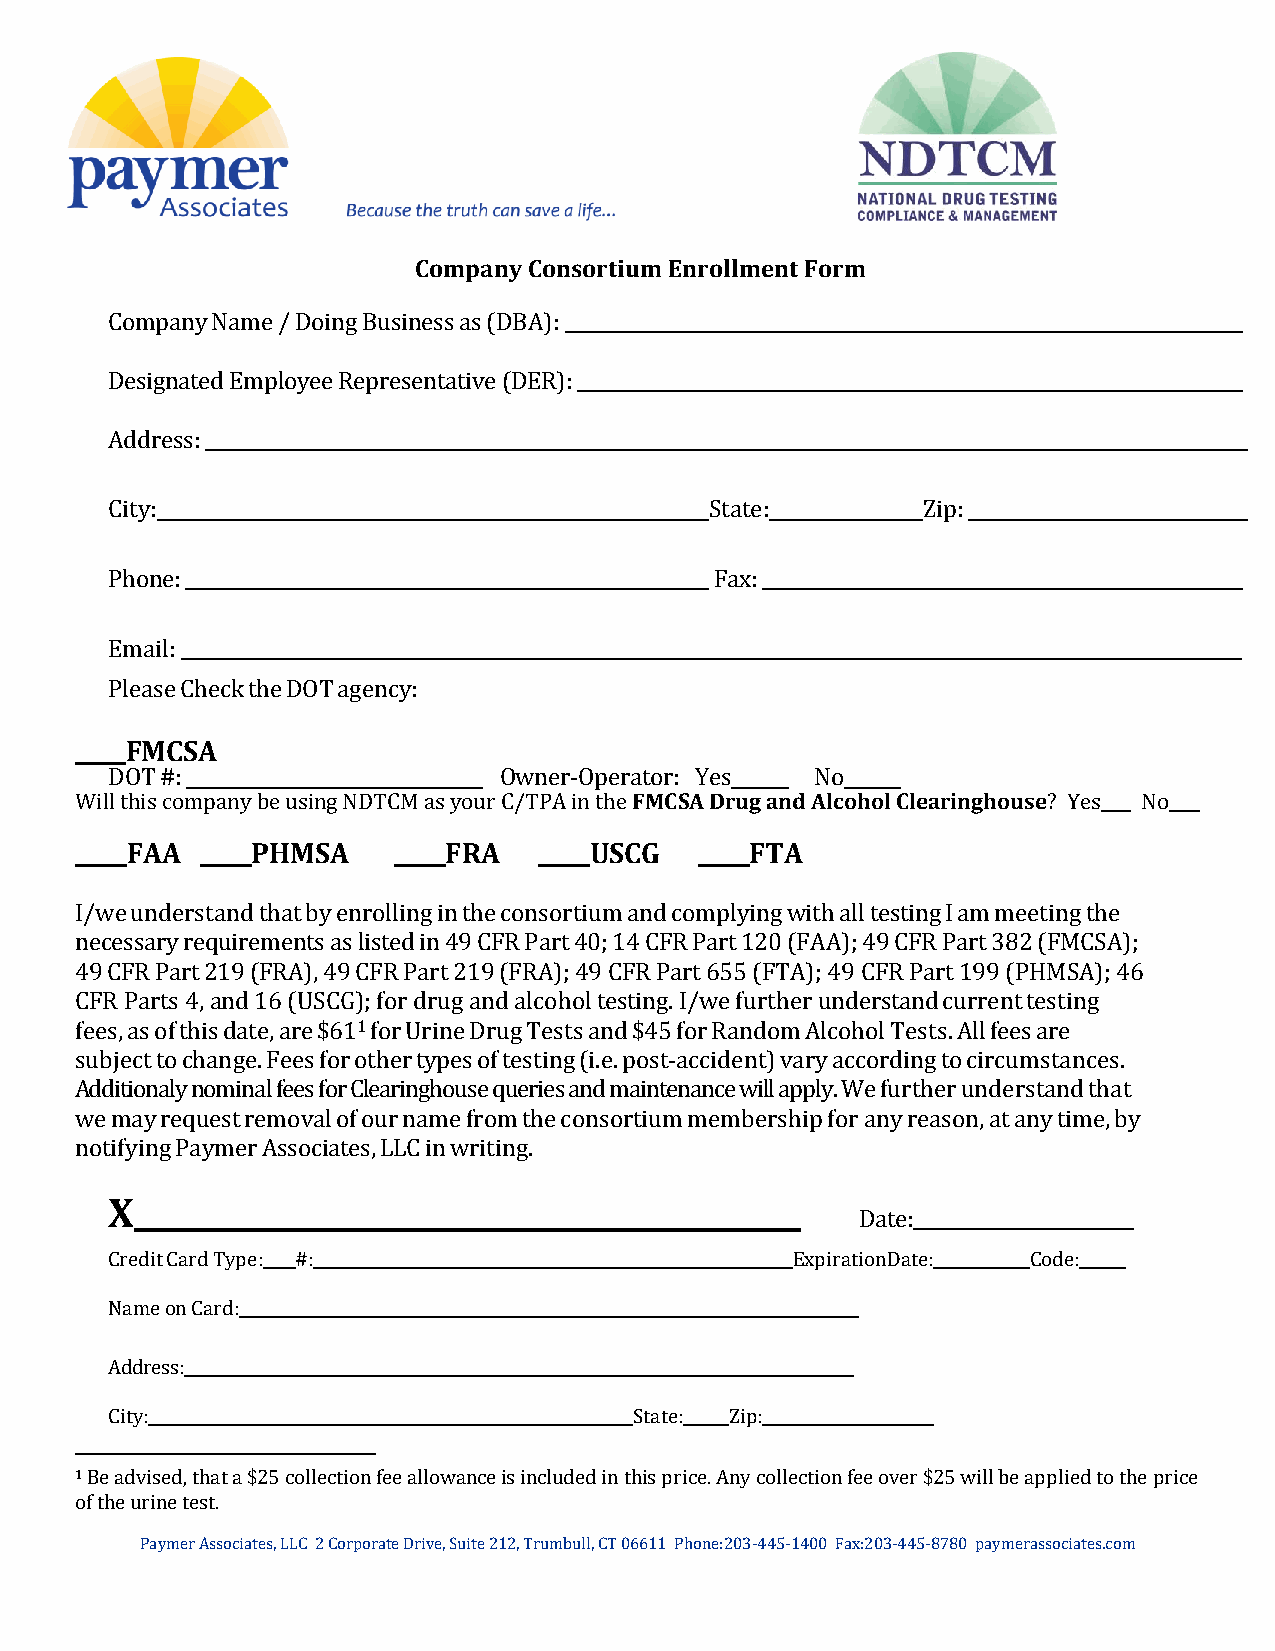
Company Consortium Enrollment Form
 Company Name / Doing Business as (DBA):
 Designated Employee Representative (DER):
 Address:
 City:                                   State:        Zip:
 Phone:                                  Fax:
 Email:
 Please Check the DOT agency:
 FMCSA
 DOT #:                    Owner‐Operator: Yes  No
 Will this company be using NDTCM as your C/TPA in the FMCSA Drug and Alcohol Clearinghouse? Yes No
 FAA      PHMSA       FRA       USCG       FTA
 I/we understand that by enrolling in the consortium and complying with all testing I am meeting the
 necessary requirements as listed in 49 CFR Part 40; 14 CFR Part 120 (FAA); 49 CFR Part 382 (FMCSA);
 49 CFR Part 219 (FRA), 49 CFR Part 219 (FRA); 49 CFR Part 655 (FTA); 49 CFR Part 199 (PHMSA); 46
 CFR Parts 4, and 16 (USCG); for drug and alcohol testing. I/we further understand current testing
 fees, as of this date, are $611 for Urine Drug Tests and $45 for Random Alcohol Tests. All fees are
 subject to change. Fees for other types of testing (i.e. post‐accident) vary according to circumstances.
 Additionaly nominal fees for Clearinghouse queries and maintenance will apply. We further understand that
 we may request removal of our name from the consortium membership for any reason, at any time, by
 notifying Paymer Associates, LLC in writing.
 X
 Date:
 Credit Card Type: #:                          Expiration Date: Code:
 Name on Card:
 Address:
 City:                              State: Zip:
 1 Be advised, that a $25 collection fee allowance is included in this price. Any collection fee over $25 will be applied to the price
 of the urine test.
 Paymer Associates, LLC 2 Corporate Drive, Suite 212, Trumbull, CT 06611 Phone:203-445-1400 Fax:203-445-8780 paymerassociates.com